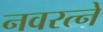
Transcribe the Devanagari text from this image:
नवरत्नें